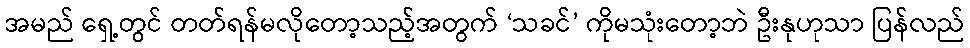
အမည် ရှေ့တွင် တတ်ရန်မလိုတော့သည့်အတွက် ‘သခင်’ ကိုမသုံးတော့ဘဲ ဦးနုဟုသာ ပြန်လည်